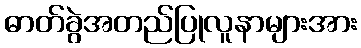
ဓာတ်ခွဲအတည်ပြုလူနာများအား